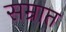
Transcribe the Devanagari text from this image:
सम्रात